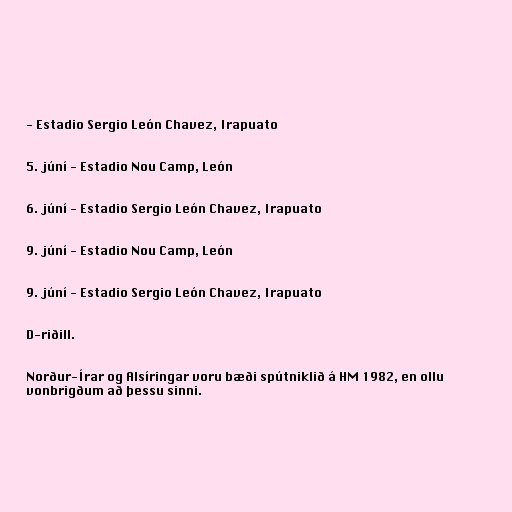
- Estadio Sergio León Chavez, Irapuato

5. júní - Estadio Nou Camp, León

6. júní - Estadio Sergio León Chavez, Irapuato

9. júní - Estadio Nou Camp, León

9. júní - Estadio Sergio León Chavez, Irapuato

D-riðill.

Norður-Írar og Alsíringar voru bæði spútniklið á HM 1982, en ollu
vonbrigðum að þessu sinni.